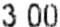
3.00